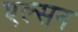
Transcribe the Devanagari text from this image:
एल्सन